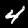
Label: 4